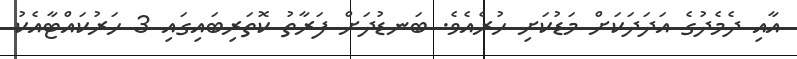
އާއި ދެމެދުގެ އަދަދަކަށް މަޑުކަށި ހުރެއެވެ. ބަނޑުދަށް ފަރާތު ކޮތަރިބައިގައި 3 ހަރުކައްޓާއެކު